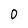
Character: 0